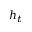
h _ { t }